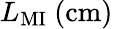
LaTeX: L_{\mathrm{MI}}\ \mathrm{(cm)}